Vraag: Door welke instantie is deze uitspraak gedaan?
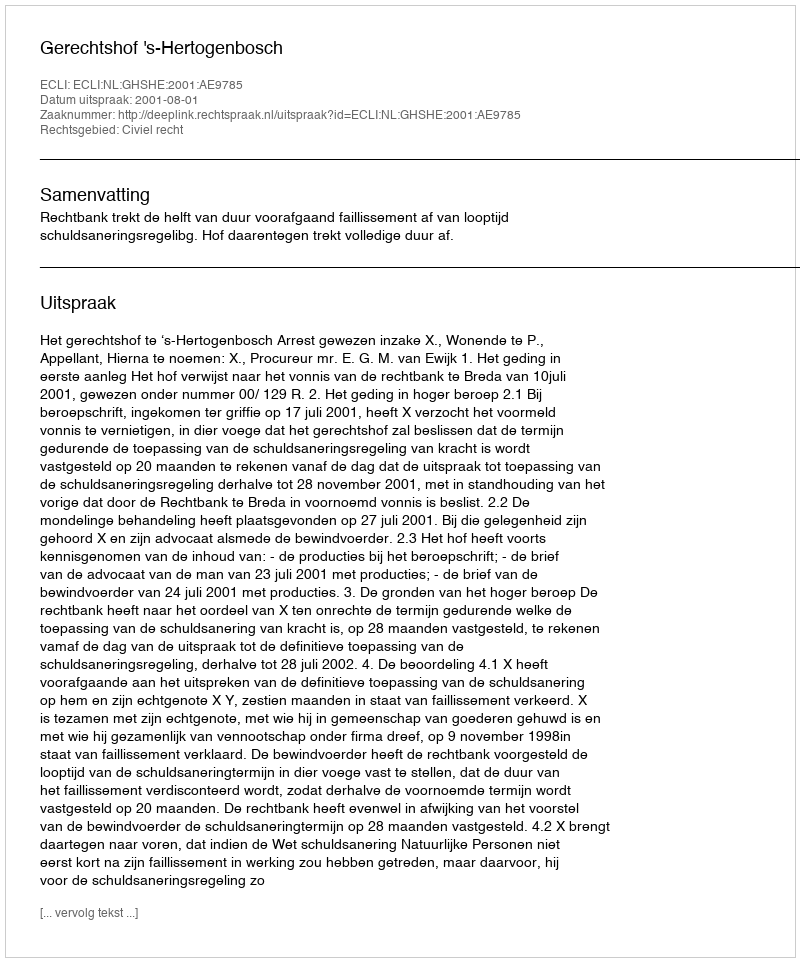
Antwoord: Gerechtshof 's-Hertogenbosch